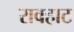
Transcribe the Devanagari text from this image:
रावहाट